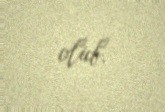
olub.